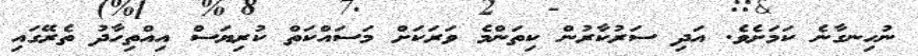
ނުހިނގާނެ ކަމަށެވެ. އަދި ސަރުކާރުން ކިތަންމެ ވަރަކަށް މަސައްކަތް ކުރިޔަސް އިއްތިހާދު ތެރޭގައި